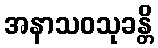
အနာသဝသုခန္တိ